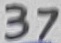
Text: 37